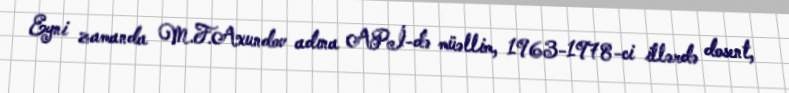
Eyni zamanda M.F.Axundov adına APİ-də müəllim, 1963-1978-ci illərdə dosent,